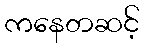
ကနေတဆင့်